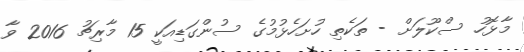
މާޅޮހު ސްކޫލަށް - ތަކެތި ހުށަހެޅުމުގެ ސުންގަޑިއަކީ 15 މާރިޗު 2016 ވާ